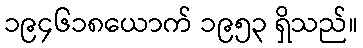
၁၉၄၆၁၈ယောက် ၁၉၅၃ ရှိသည်။